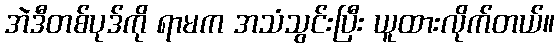
အဲဒီတစ်ပုဒ်ကို ရာမက အသံသွင်းပြီး ယူထားလိုက်တယ်။